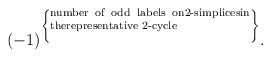
LaTeX: \begin{align*}(-1)^{ \left\{ \parbox[b]{2in}{\scriptsize \rm number of odd labels on2-simplicesin therepresentative 2-cycle} \right\} } .\end{align*}